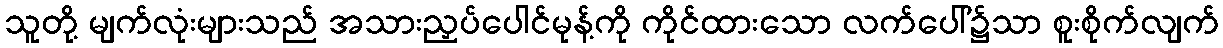
သူတို့ မျက်လုံးများသည် အသားညှပ်ပေါင်မုန့်ကို ကိုင်ထားသော လက်ပေါ်၌သာ စူးစိုက်လျက်